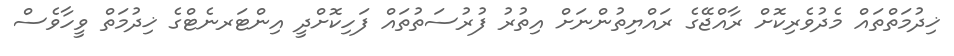
ޚިދުމަތްތައް މެދުވެރިކޮށް ރާއްޖޭގެ ރައްޔިތުންނަށް އިތުރު ފުރުސަތުތައް ފަހިކޮށްދީ އިންޓަރނެޓްގެ ޚިދުމަތް ވީހާވެސް